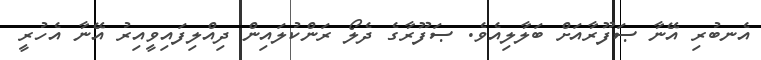
އެނބުރި އޭނާ ޞަފޫރާއަށް ބަލާލިއެވެ. ޞަފޫރާގެ ދެލޯ ރަންކުލައިން ދިއްލިފައިވީއިރު އޭނާ އެހުރީ